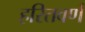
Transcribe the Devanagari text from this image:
हरितवर्ण